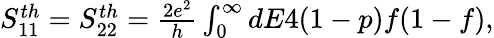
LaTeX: \begin{array}{r}{{S_{11}^{th}=S_{22}^{th}=\frac{2e^{2}}{h}\int_{0}^{\infty}dE4(1-p)f(1-f),}}\end{array}